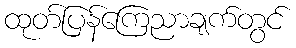
ထုတ်ပြန်ကြေညာချက်တွင်